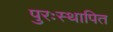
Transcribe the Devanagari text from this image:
पुरःस्थापित